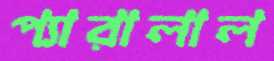
প্যারালাল